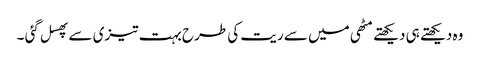
وہ دیکھتے ہی دیکھتے مٹھی میں سے ریت کی طرح بہت تیزی سے پھسل گئی ۔